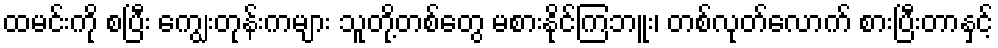
ထမင်းကို စပြီး ကျွေးတုန်းကများ သူတို့တစ်တွေ မစားနိုင်ကြဘူး၊ တစ်လုတ်လောက် စားပြီးတာနှင့်